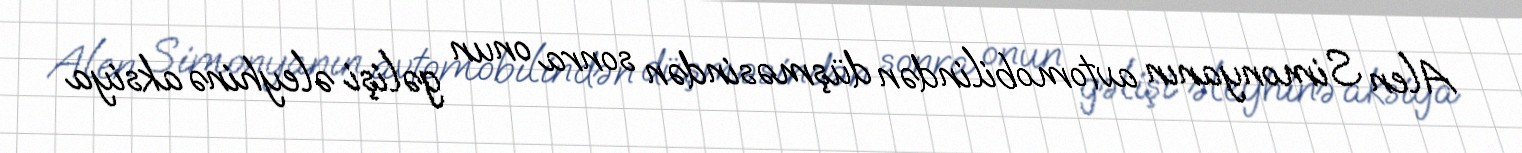
Alen Simonyanın avtomobilindən düşməsindən sonra onun gəlişi əleyhinə aksiya